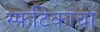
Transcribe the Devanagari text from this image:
स्फटिकाचा